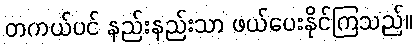
တကယ်ပင် နည်းနည်းသာ ဖယ်ပေးနိုင်ကြသည်။